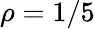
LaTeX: \rho=1/5